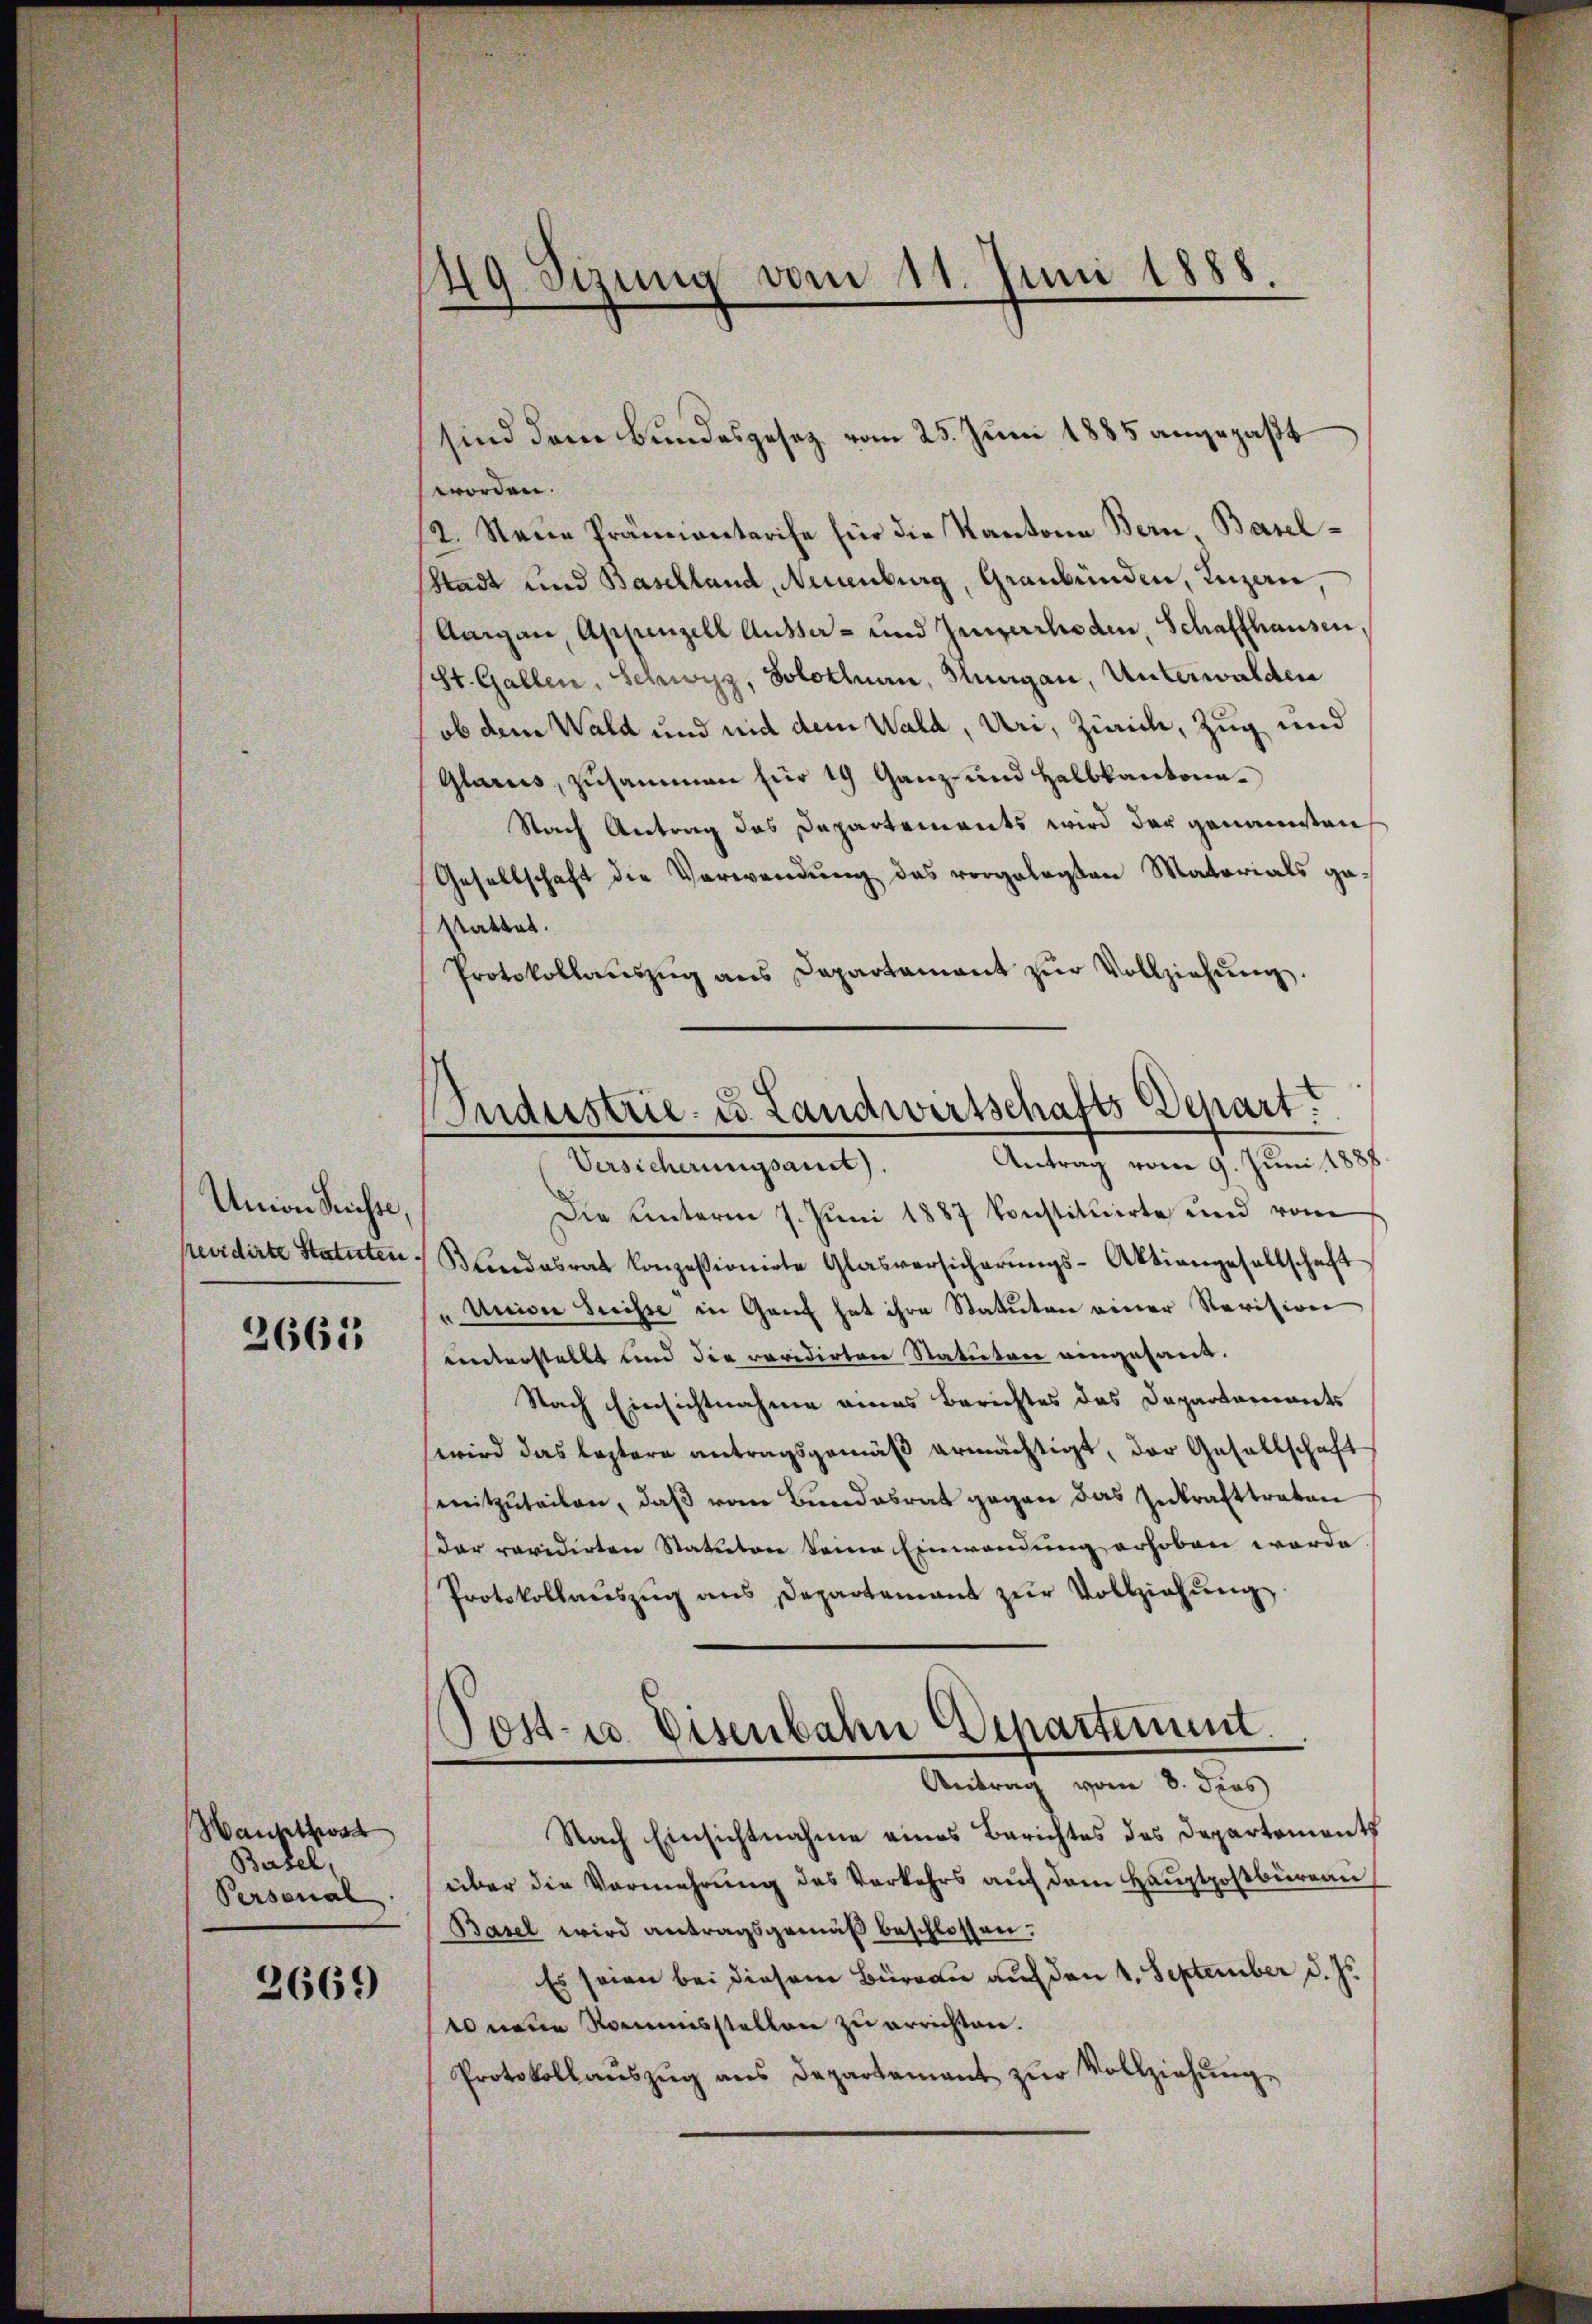
Union Suisse,
revidirte Statuten.

2665

Wanstat
Basel,
Personal

2669)

149. Sizung vom 11. Juni 1888

sind dem Bundesgesetz vom 25. Juni 1885 angepaßt
worden.
12. Neue Prämientarife für die Kantone Bern Basel¬
Stadt und Baselland, Neuenburg, Graubünden, Luzern,
Aargau, Appenzell Ausser- und Innerrhoden, Schaffhausen
(St. Gallen, Schwyz, Solothurn, Hungau, Unterwalden
ob dem Wald und nid dem Wald, Uri, Zürich, Zug und
Glarus, zusammen für 19 Ganz und Halbkantona¬
Nach Antrag des Departements wird der genannten
Gesellschaft die Verwendung das vorgelegten Materials gestattet.
Protokollaŭszŭg ans Departament zŭr Vollziehŭng.
Die unterm 7. Juni 1887 konstituirte und vom
Bŭndesrat Conzessionirte Glasversicherŭngs-Aktiengesellschaft-
Union Suisse in Ganz hat ihre Statuten einer Revision
vnterstellt und die revidirten Statuten angesant.
Nach Einsichtnahme eines Berichtes des Departements
wird das leztere antragsgemäß ermächtigt, der Gesellschaft
mitzŭteilen, daβ vom Bundesrat gegen das Inkrafttreten
Der revidirten Statuten seine Einwendung erhoben worde
Protokollaŭszŭg ans Departement zŭr Vollziehŭng
Post- u. Disenbahn Departement.
Antrag vom 8. dies
Nach Einsichtnahme eines Berichtes des Departements
über die Vermehrung des Verkehrs auf dem Hauptpostbüreau
Basel wird antragsgemäß beschlossen:
Es seien bei diesem Büreau auf den 4. September d. Js.
10 neue Namensstellen zu errichten.
Protokollaŭszŭg ans Departamant zŭr Vollziehŭng

Industrie- u. Landwirtschafts-Depart.
Antrag vom 9. Juni 188
Versicherungsaut).